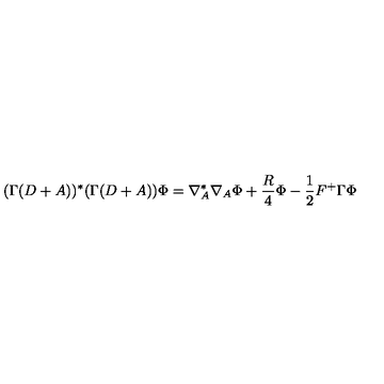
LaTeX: ( \Gamma ( D + A ) ) ^ { * } ( \Gamma ( D + A ) ) \Phi = \nabla _ { A } ^ { * } \nabla _ { A } \Phi + \frac { R } { 4 } \Phi - \frac { 1 } { 2 } F ^ { + } \Gamma \Phi